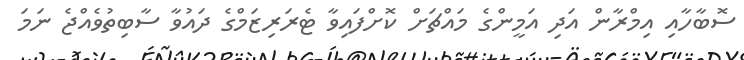
ސޮބާހާއި އިމްރާން އަދި އަމީންގެ މައްޗަށް ކޮށްފައިވާ ޓެރަރިޒަމްގެ ދައުވާ ސާބިތުވެއްޖެ ނަމަ